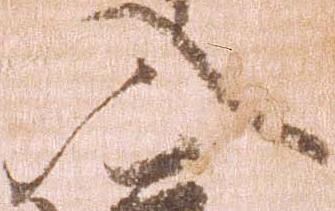
入